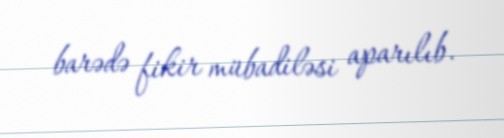
barədə fikir mübadiləsi aparılıb.